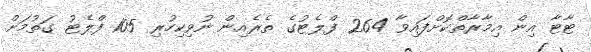
ޓާޓާ އިން އިމާރާތްކޮށްފައިވާ 264 ފްލެޓުގެ ތެރެއިން ނުވިކިހުރި 105 ފްލެޓު ގަތުމަށް